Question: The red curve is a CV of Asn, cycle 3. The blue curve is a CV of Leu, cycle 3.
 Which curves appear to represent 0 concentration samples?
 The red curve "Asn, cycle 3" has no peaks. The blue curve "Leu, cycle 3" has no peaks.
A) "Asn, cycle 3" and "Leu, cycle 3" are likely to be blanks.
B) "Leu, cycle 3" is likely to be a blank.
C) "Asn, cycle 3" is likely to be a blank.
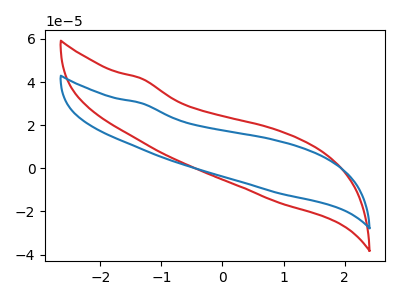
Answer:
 <answer>A) "Asn, cycle 3" and "Leu, cycle 3" are likely to be blanks.</answer>
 <eval>A</eval>